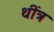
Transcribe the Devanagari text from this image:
थींत्र